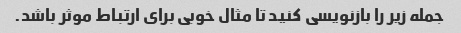
جمله زیر را بازنویسی کنید تا مثال خوبی برای ارتباط موثر باشد.